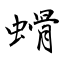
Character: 螖